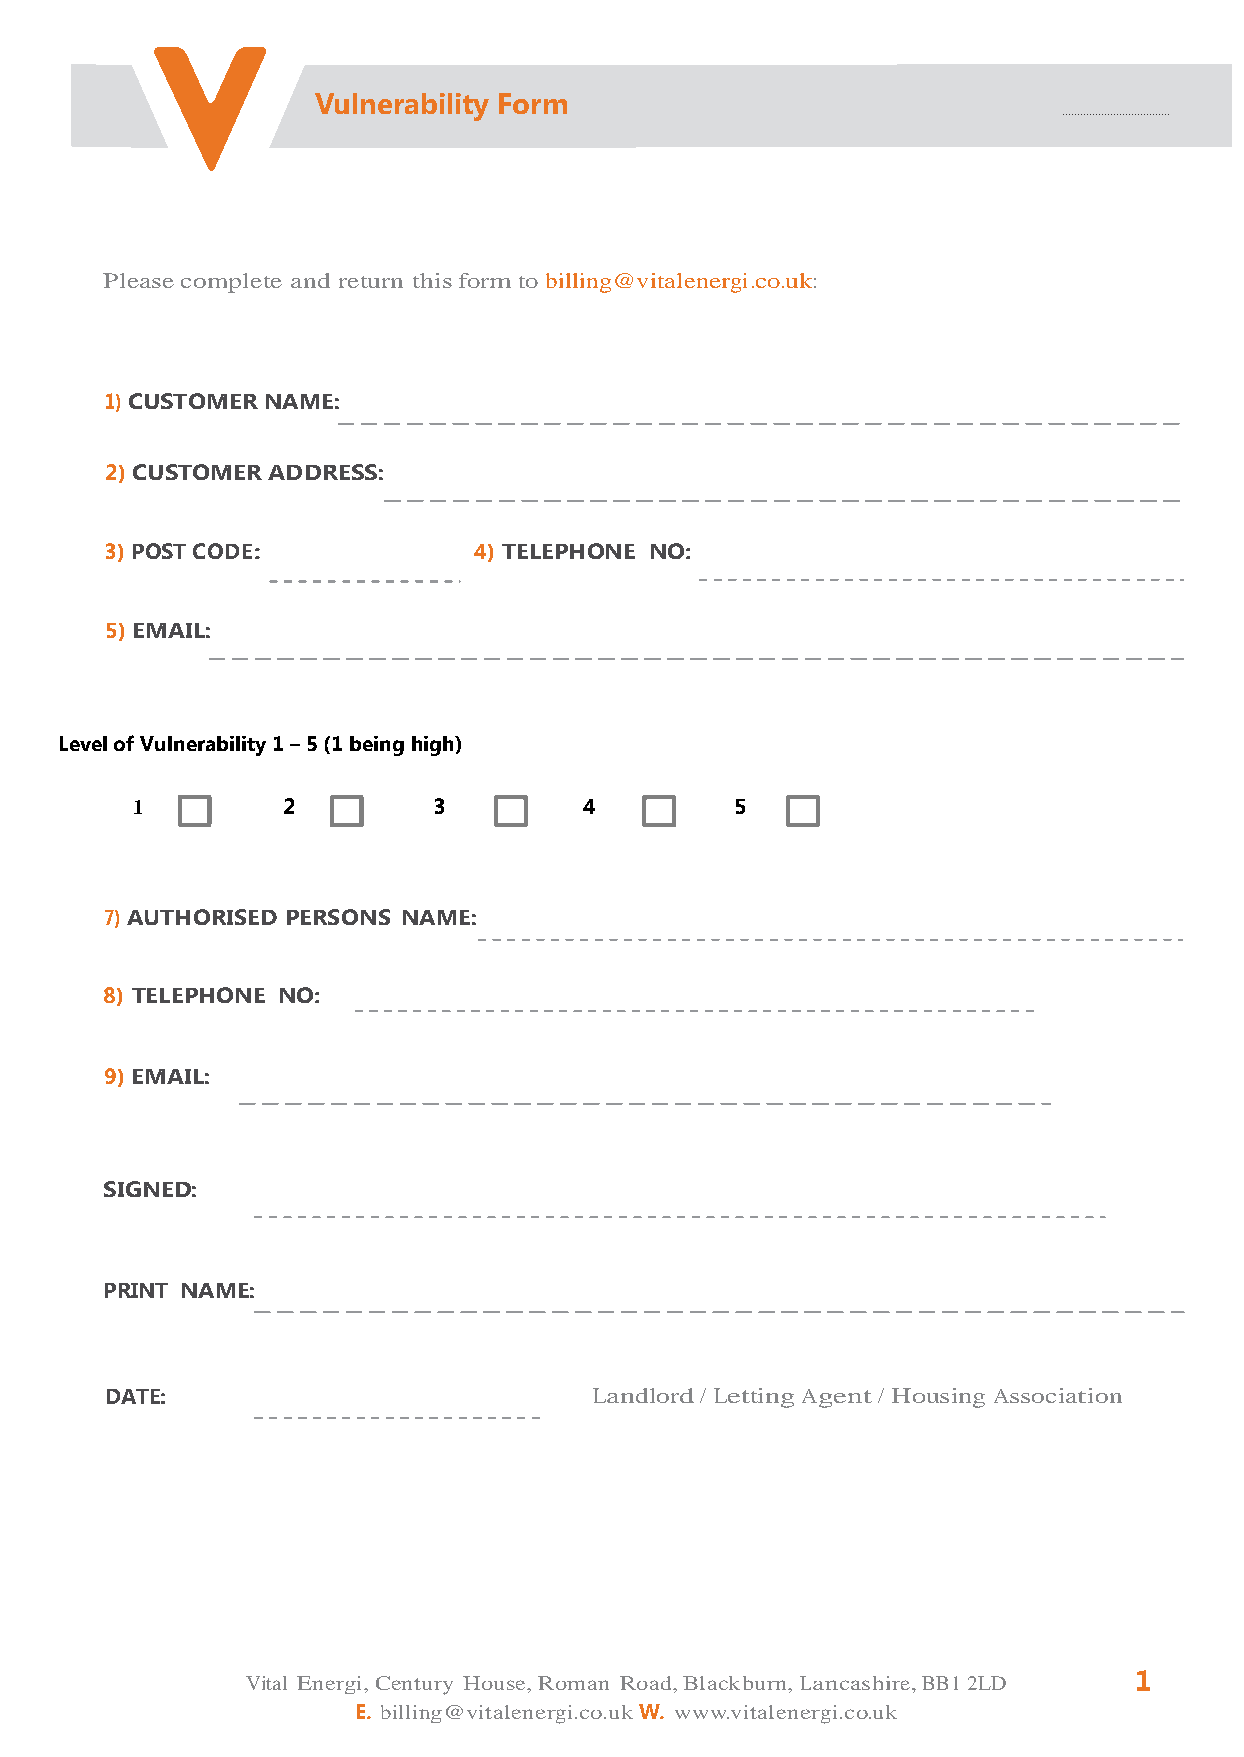
Vulnerability Form
 Please complete and return this form to billing@vitalenergi.co.uk:
 1) CUSTOMER NAME:
 2) CUSTOMER ADDRESS:
 3) POST CODE:           4) TELEPHONE NO:
 5) EMAIL:
 Level of Vulnerability 1 – 5 (1 being high)
 1         2         3         4         5
 7) AUTHORISED PERSONS NAME:
 8) TELEPHONE NO:
 9) EMAIL:
 SIGNED:
 PRINT NAME:
 DATE:                           Landlord / Letting Agent / Housing Association
 Vital Energi, Century House, Roman Road, Blackburn, Lancashire, BB1 2LD 1
 E. billing@vitalenergi.co.uk W. www.vitalenergi.co.uk